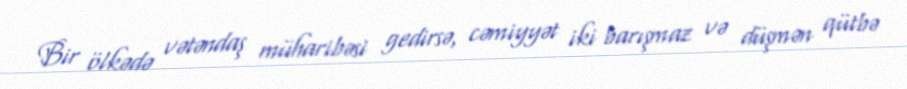
Bir ölkədə vətəndaş müharibəsi gedirsə, cəmiyyət iki barışmaz və düşmən qütbə